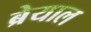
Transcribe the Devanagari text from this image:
ब्रेयाल